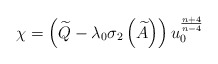
\begin{align*}\chi =\left( \widetilde{Q}-\lambda _{0}\sigma _{2}\left( \widetilde{A}\right) \right) u_{0}^{\frac{n+4}{n-4}} \end{align*}